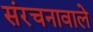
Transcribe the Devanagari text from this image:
संरचनावाले